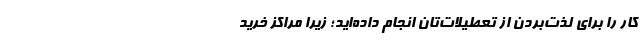
کار را برای لذت‌بردن از تعطیلات‌تان انجام داده‌اید؛ زیرا مراکز خرید